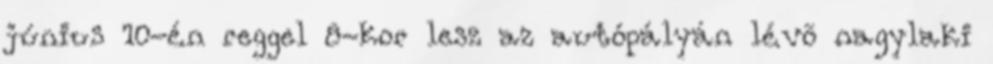
június 10-én reggel 8-kor lesz az autópályán lévõ nagylaki